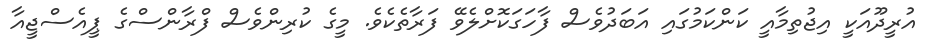
އުރީދޫއަކީ އިޖުތިމާއީ ކަންކަމުގައި އަބަދުވެސް ފާހަގަކޮށްލެވޭ ފަރާތެކެވެ. މީގެ ކުރިންވެސް ފްރާންސްގެ ޕީއެސްޖީއާ